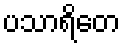
ပသာရိတေ